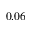
0 . 0 6